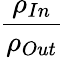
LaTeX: {\frac{\rho_{In}}{\rho_{Out}}}\,